Report on vaccination in Madras 1895-1903 - 1895-1903
Year: 1895
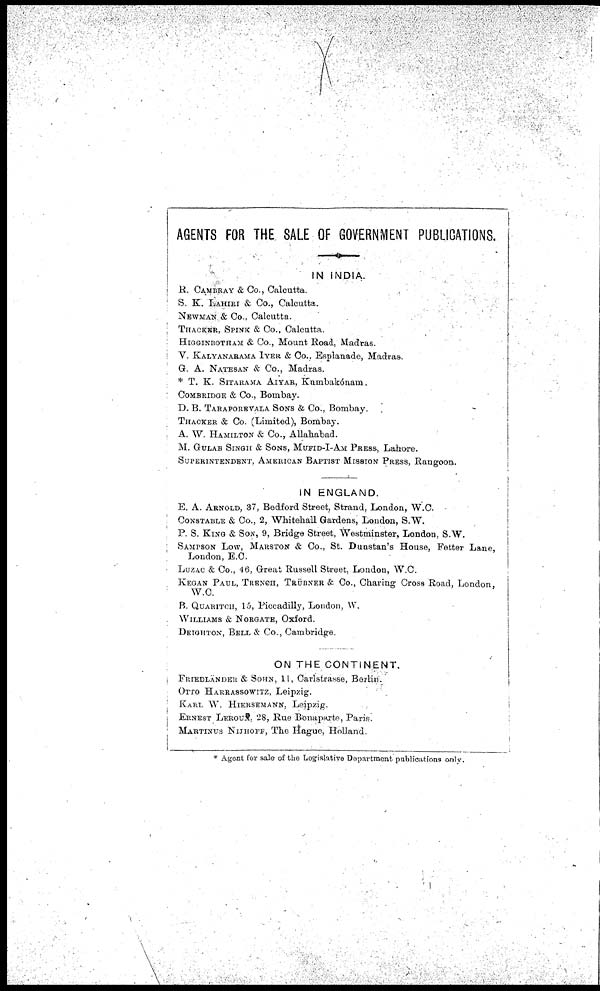
AGENTS FOR THE SALE OF GOVERNMENT PUBLICATIONS.
IN INDIA.
R. CAMBRAY & Co., Calcutta.
S. K. LAHIRI & Co., Calcutta.
NEWMAN & Co., Calcutta.
THACKKR, SPINK & Co., Calcutta.
HIGGINBOTHAM & Co., Mount Road, Madras.
V. KALYANARAMA IYER & Co., Esplanade, Madras.
G. A. NATESAN & Co., Madras.
* T. K. SITARAMA AIYAR, Kumbakónam.
COMBRIDGE & Co., Bombay.
D. B. TARAPOREVALA SONS & Co., Bombay.
THACKER & Co. (Limited), Bombay.
A. W. HAMILTON & Co., Allahabad.
M. GULAB SINGH & SONS, MUFID-I-AM PRESS, Lahore.
SUPERINTENDENT, AMERICAN BAPTIST MISSION PRESS, Rangoon.
IN ENGLAND.
E. A. ARNOLD, 37, Bedford Street, Strand, London, W.C.
CONSTABLE & Co., 2, Whitehall Gardens, London, S.W.
P. S. KING & SON, 9, Bridge Street, Westminster, London, S.W.
SAMPSON LOW, MARSTON & Co., St. Dunstan's House, Fetter Lane,
London, E.C.
LUZAC & Co., 46, Great Russell Street, London, W.C.
KEGAN PAUL, TRENCH, TRÜBNER & Co., Charing Cross Road, London,
W.C.
B. QUARITCH, 15, Piccadilly, London, W.
WILLIAMS & NORGATE, Oxford.
DEIGHTON, BELL & Co., Cambridge.
ON THE CONTINENT.
FRIEDLÄNDER & SOHN, 11, Carlstrasse, Berlin
OTTO HARRASSOWITZ, Leipzig.
KARL W. HIERSEMANN, Leipzig.
i
ERNEST LEROUX, 28, Rue Bonaparte, Paris.
MARTINUS NIJHOFF, The Hague, Holland.
* Agent for sale of the Logislative Department publications only.